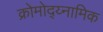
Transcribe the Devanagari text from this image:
क्रोमोद्य्नामिक